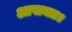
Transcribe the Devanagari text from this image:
आसक्त।